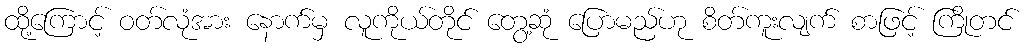
ထို့ကြောင့် ဝတ်လုံအား နောက်မှ လူကိုယ်တိုင် တွေ့ဆုံ ပြောမည်ဟု စိတ်ကူးလျက် စာဖြင့် ကြိုတင်